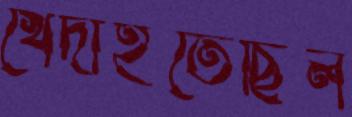
খেদাইতেছিল